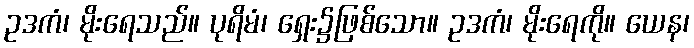
ဥဒကံ၊ မိုးရေသည်။ ပုရိမံ၊ ရှေး၌ဖြစ်သော။ ဥဒကံ၊ မိုးရေကို။ ယေန၊